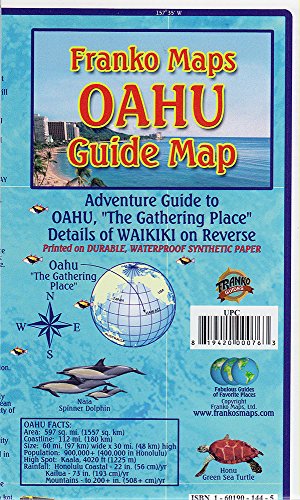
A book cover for Oahu Hawaii Adventure Guide Franko Maps Waterproof Map; Franko Maps Ltd.; Travel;